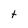
Character: t